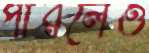
পারলেও